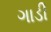
ગાડી